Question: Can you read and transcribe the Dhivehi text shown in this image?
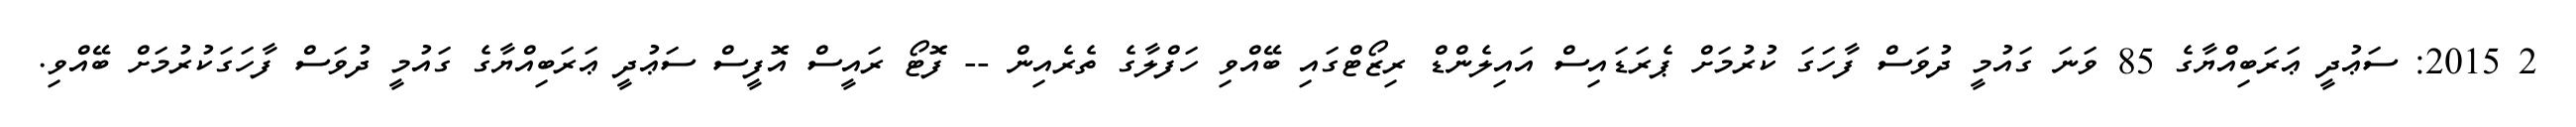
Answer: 2 2015: ސަޢުދީ ޢަރަބިއްޔާގެ 85 ވަނަ ގައުމީ ދުވަސް ފާހަގަ ކުރުމަށް ޕެރަޑައިސް އައިލެންޑް ރިޒޯޓްގައި ބޭއްވި ހަފްލާގެ ތެރެއިން -- ފޮޓޯ ރައީސް އޮފީސް ސަޢުދީ ޢަރަބިއްޔާގެ ގައުމީ ދުވަސް ފާހަގަކުރުމަށް ބޭއްވި.